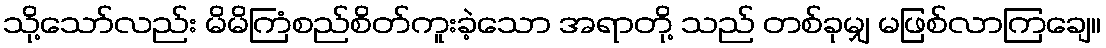
သို့သော်လည်း မိမိကြံစည်စိတ်ကူးခဲ့သော အရာတို့ သည် တစ်ခုမျှ မဖြစ်လာကြချေ။